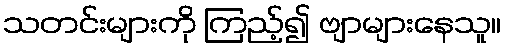
သတင်းများကို ကြည့်၍ ဗျာများနေသူ။